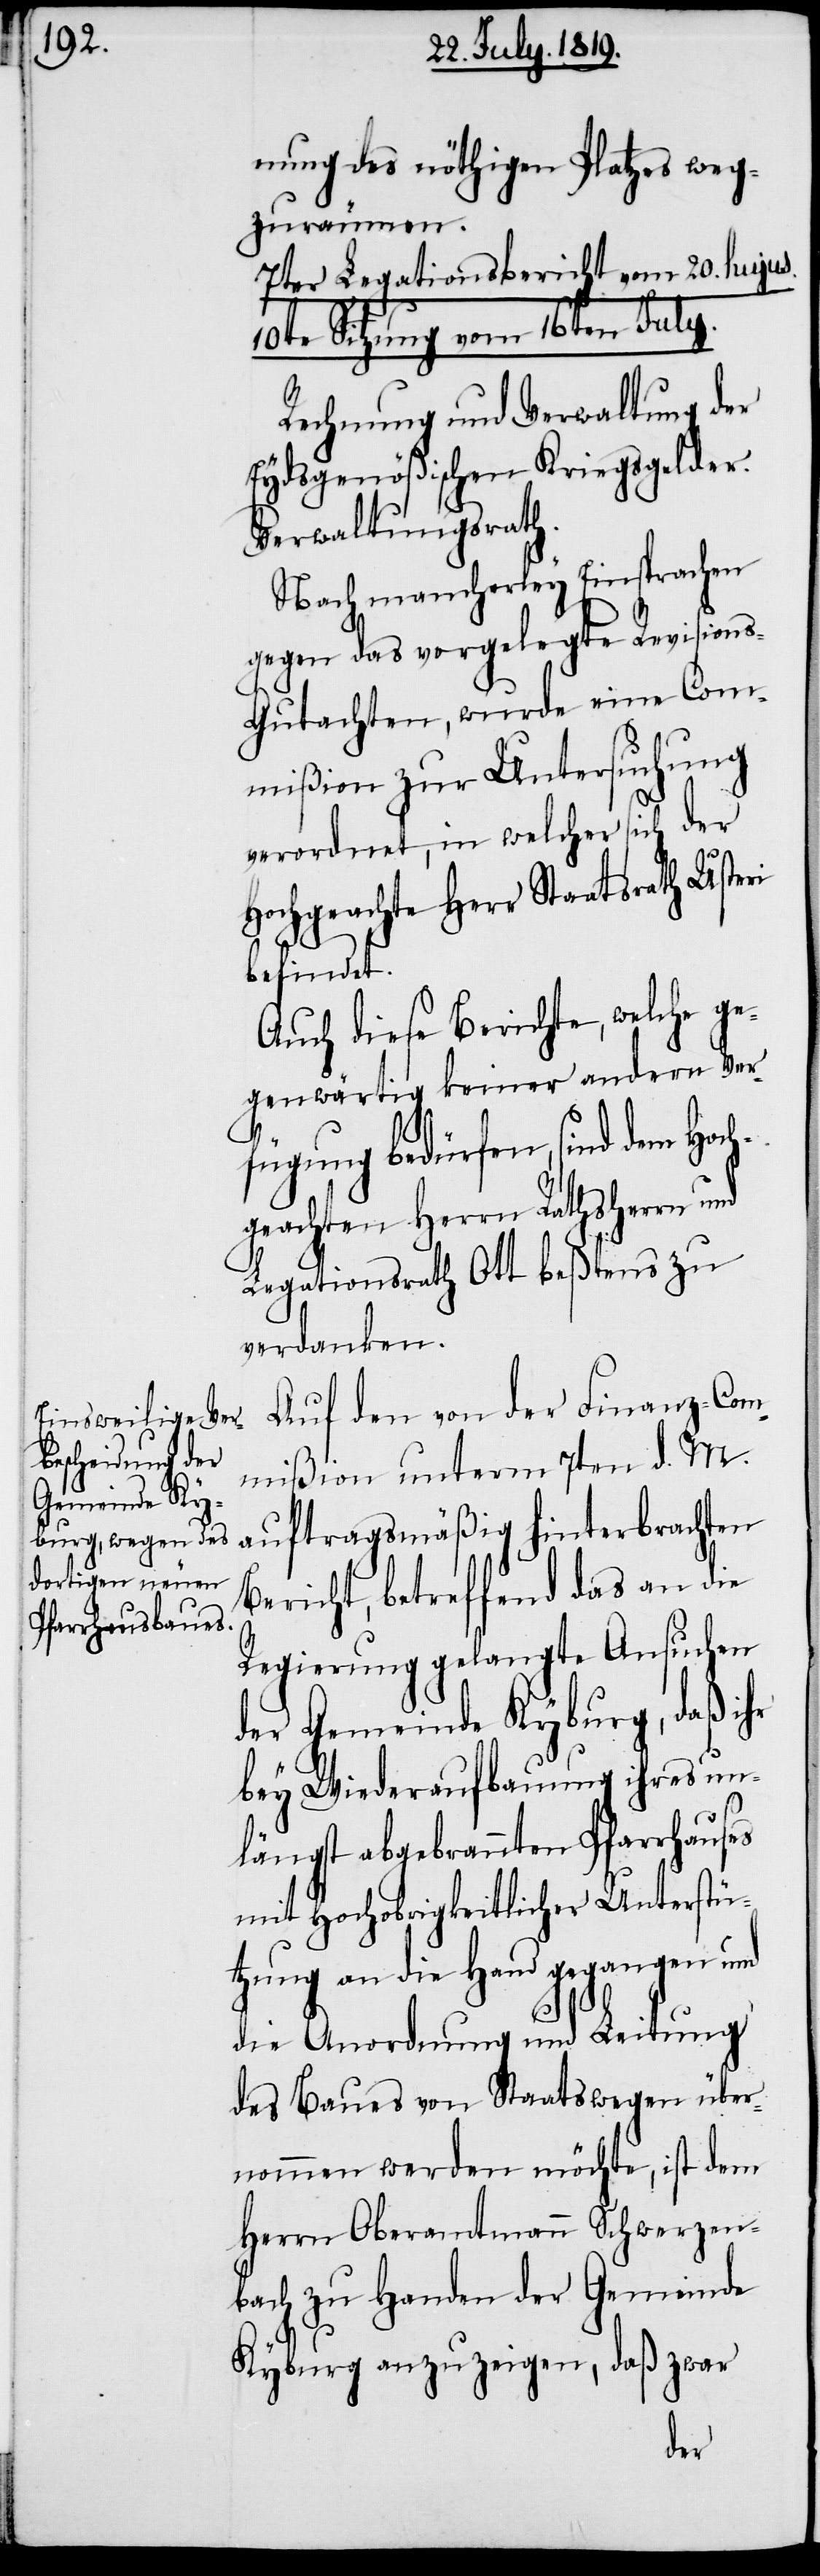
nung des nöthigen Platzes weg¬
zuräumen.
7ter Legationsbericht vom 20. hujus.
10te Sitzung vom 16ten July.
Rechnung und Verwaltung der
Eydsgenößischen Kriegsgelder.
Verwaltungsrath.
Nach mancherley Einsprachen
gegen das vorgelegte Revision¬
s-Gutachten, wurde eine Com¬
mißion zur Untersuchung
verordnet, in welcher sich der
Hochgerechte Herr Staatsrath Usteri
befindet.
Auch diese Berichte, welche ge¬
genwärtig keiner andern Ver¬
fügung bedürfen, sind dem Hoch¬
geachten Herrn Rathsherrn
Legationsrath Ott beßtens zu
verdanken.
Auf den von der Finanz-Com¬
mißion unterm 7ten d. M.
Bericht, betreffend das an die
Regierung gelangte Ansuchen
der Gemeinde Kyburg, daß ihr
bey Wiederaufbauung ihres un¬
längst abgebrannten Pfarrhauses
mit Hochobrigkeitlicher Unterstü¬
tzung an die Hand gegangen und
die Anordnung und Leitung
des Baues von Staatswegen über¬
nommen werden möchte, ist dem
Herrn Oberamtmann Schwerzen¬
bach zu Handen der Gemeinde
Kyburg anzuzeigen, daß zwar